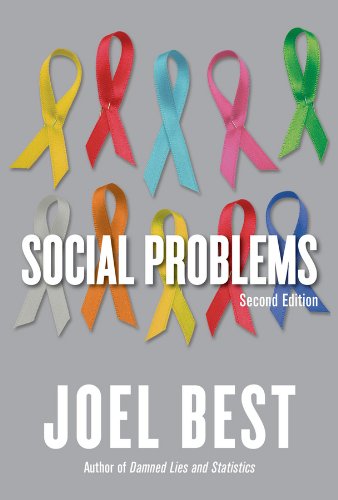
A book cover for Social Problems (Second Edition); Joel Best; Politics & Social Sciences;